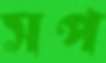
সপ